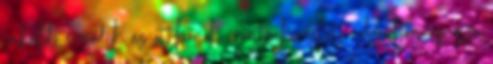
inkább erősödik az otthonok iránti kereslet. Azonban az őszi